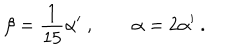
\beta = \frac { 1 } { 1 5 } \alpha ^ { \prime } \ , \qquad \alpha = 2 \alpha ^ { \prime } \ .